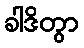
ခါဒိတွာ